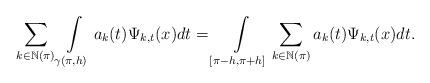
LaTeX: \begin{align*}\sum_{k\in\mathbb{N}(\pi)}\int\limits_{\gamma(\pi,h)}a_{k}(t)\Psi_{k,t}(x)dt=\int\limits_{[\pi-h,\pi+h]}\sum_{k\in\mathbb{N}(\pi)}a_{k}(t)\Psi_{k,t}(x)dt.\end{align*}